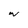
Character: w